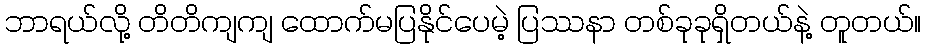
ဘာရယ်လို့ တိတိကျကျ ထောက်မပြနိုင်ပေမဲ့ ပြဿနာ တစ်ခုခုရှိတယ်နဲ့ တူတယ်။